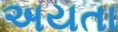
અયતા